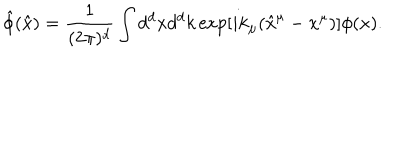
{ \hat { \phi } } ( { \hat { x } } ) = \frac { 1 } { ( 2 \pi ) ^ { d } } \int d ^ { d } x d ^ { d } k \exp [ i k _ { \mu } ( { \hat { x } } ^ { \mu } - x ^ { \mu } ) ] \phi ( x ) .